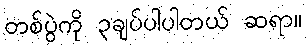
တစ်ပွဲကို ၃ချပ်ပါပါတယ် ဆရာ။